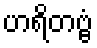
ဟရိတဗ္ဗံ